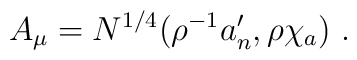
A_\mu=N^{1/4}\big(\rho^{-1}a'_n,\rho\chi_a\big)\ .